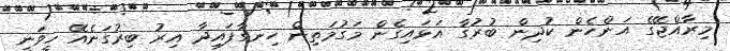
މިރާއްޖޭގެ އަންހެން ކުދިން ބުރުގާ އަޅައިގެން މަގުމަތިން ހިނގާފައިދާ އިރު ބިރުގަނެއޭ ހީވަނީ